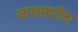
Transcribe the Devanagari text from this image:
मालखरौदा